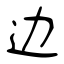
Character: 边